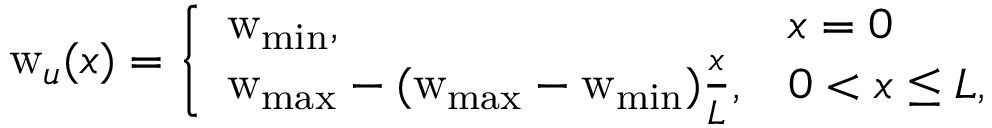
\mathrm { w } _ { u } ( x ) = \left\{ \begin{array} { l l } { \mathrm { w } _ { \mathrm { m i n } } , } & { x = 0 } \\ { \mathrm { w } _ { \mathrm { m a x } } - ( \mathrm { w } _ { \mathrm { m a x } } - \mathrm { w } _ { \mathrm { m i n } } ) \frac { x } { L } , } & { 0 < x \leq L , } \end{array} \right.